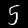
Label: 5